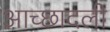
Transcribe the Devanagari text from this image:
आच्छादली